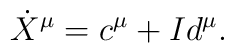
\dot X^\mu = c^\mu + I d^\mu.